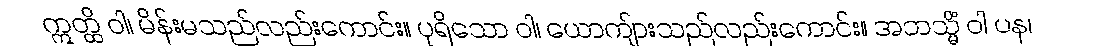
ဣတ္ထိ ဝါ၊ မိန်းမသည်လည်းကောင်း။ ပုရိသော ဝါ၊ ယောကျ်ားသည်လည်းကောင်း။ အဘသ္မိံ ဝါ ပန၊